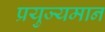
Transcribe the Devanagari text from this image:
प्रयुज्यमान